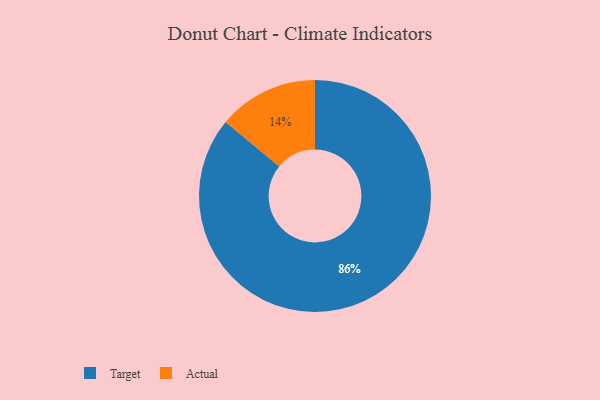
{"axis": {"x": "Category", "y": "Percentage"}, "legend": ["Actual", "Target"], "data": [{"x": "Target", "y": 86, "type": "Target"}, {"x": "Actual", "y": 14, "type": "Actual"}]}